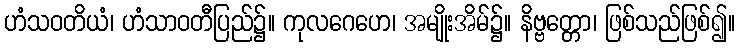
ဟံသဝတိယံ၊ ဟံသာဝတီပြည်၌။ ကုလဂေဟေ၊ အမျိုးအိမ်၌။ နိဗ္ဗတ္တော၊ ဖြစ်သည်ဖြစ်၍။